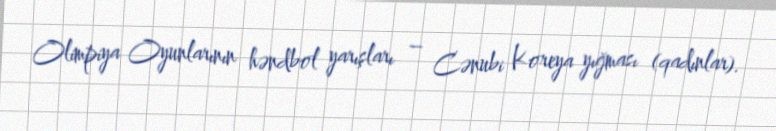
Olimpiya Oyunlarının həndbol yarışları – Cənubi Koreya yığması (qadınlar).